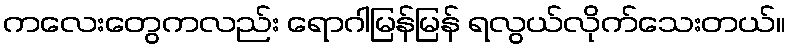
ကလေးတွေကလည်း ရောဂါမြန်မြန် ရလွယ်လိုက်သေးတယ်။